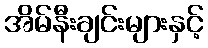
အိမ်နီးချင်းများနှင့်